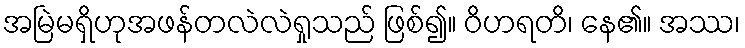
အမြဲမရှိဟုအဖန်တလဲလဲရှုသည် ဖြစ်၍။ ဝိဟရတိ၊ နေ၏။ အဿ၊